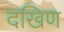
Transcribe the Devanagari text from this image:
दखिण